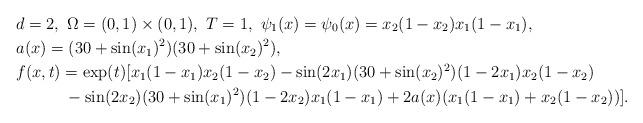
LaTeX: \begin{align*}&d=2,~\Omega=(0,1)\times(0,1),~T=1,~\psi_1({ x})=\psi_0({ x})=x_2(1-x_2)x_1(1-x_1),\\&a({ x})=(30+\sin(x_1)^2)(30+\sin(x_2)^2),\\&f({ x},t)=\exp(t)[x_1(1-x_1)x_2(1-x_2)-\sin(2x_1)(30+\sin(x_2)^2)(1-2x_1)x_2(1-x_2)\\&\quad\quad\quad-\sin(2x_2)(30+\sin(x_1)^2)(1-2x_2)x_1(1-x_1)+2a({ x})(x_1(1-x_1)+x_2(1-x_2))].\end{align*}